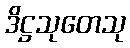
ဒိဋ္ဌသုတေသု